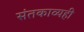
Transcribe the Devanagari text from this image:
संतकाव्यही